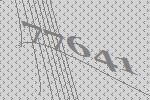
77641